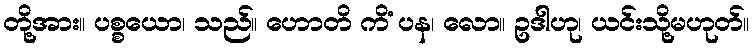
တို့အား။ ပစ္စယော၊ သည်။ ဟောတိ ကိံ ပန၊ လော။ ဥဒါဟု၊ ယင်းသို့မဟုတ်။